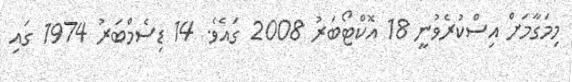
މިމަގާމަށް އިސްކުރެވުނީ 18 އޮކްޓޯބަރު 2008 ގައެވެ. 14 ޑިސެމްބަރު 1974 ގައި